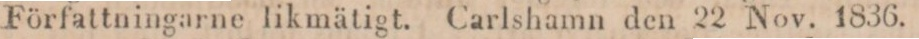
Författningarne likmätigt. Carlshamn den 22 Nov. 1836.